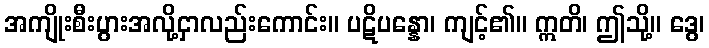
အကျိုးစီးပွားအလို့ငှာလည်းကောင်း။ ပဋိပန္နော၊ ကျင့်၏။ ဣတိ၊ ဤသို့။ ဒွေ၊